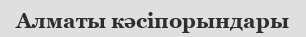
Алматы кәсіпорындары